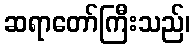
ဆရာတော်ကြီးသည်၊